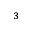
^ { 3 }